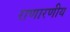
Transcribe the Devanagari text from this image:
राणारणीय